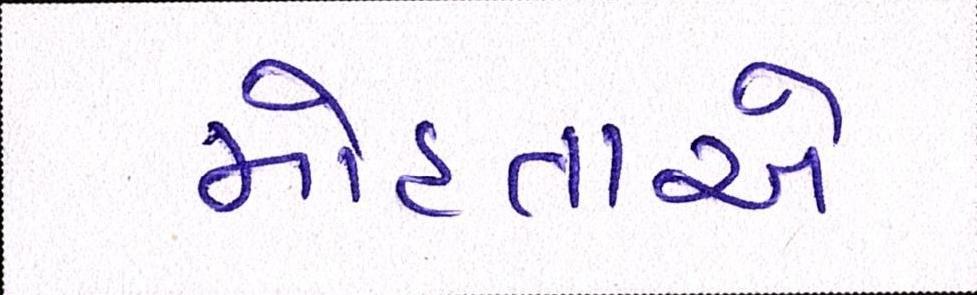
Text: મોહતાએ